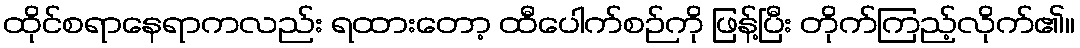
ထိုင်စရာနေရာကလည်း ရထားတော့ ထီပေါက်စဉ်ကို ဖြန့်ပြီး တိုက်ကြည့်လိုက်၏။